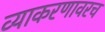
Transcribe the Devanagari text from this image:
व्याकरणावरच